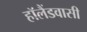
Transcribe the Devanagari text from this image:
हॉलैंडवासी